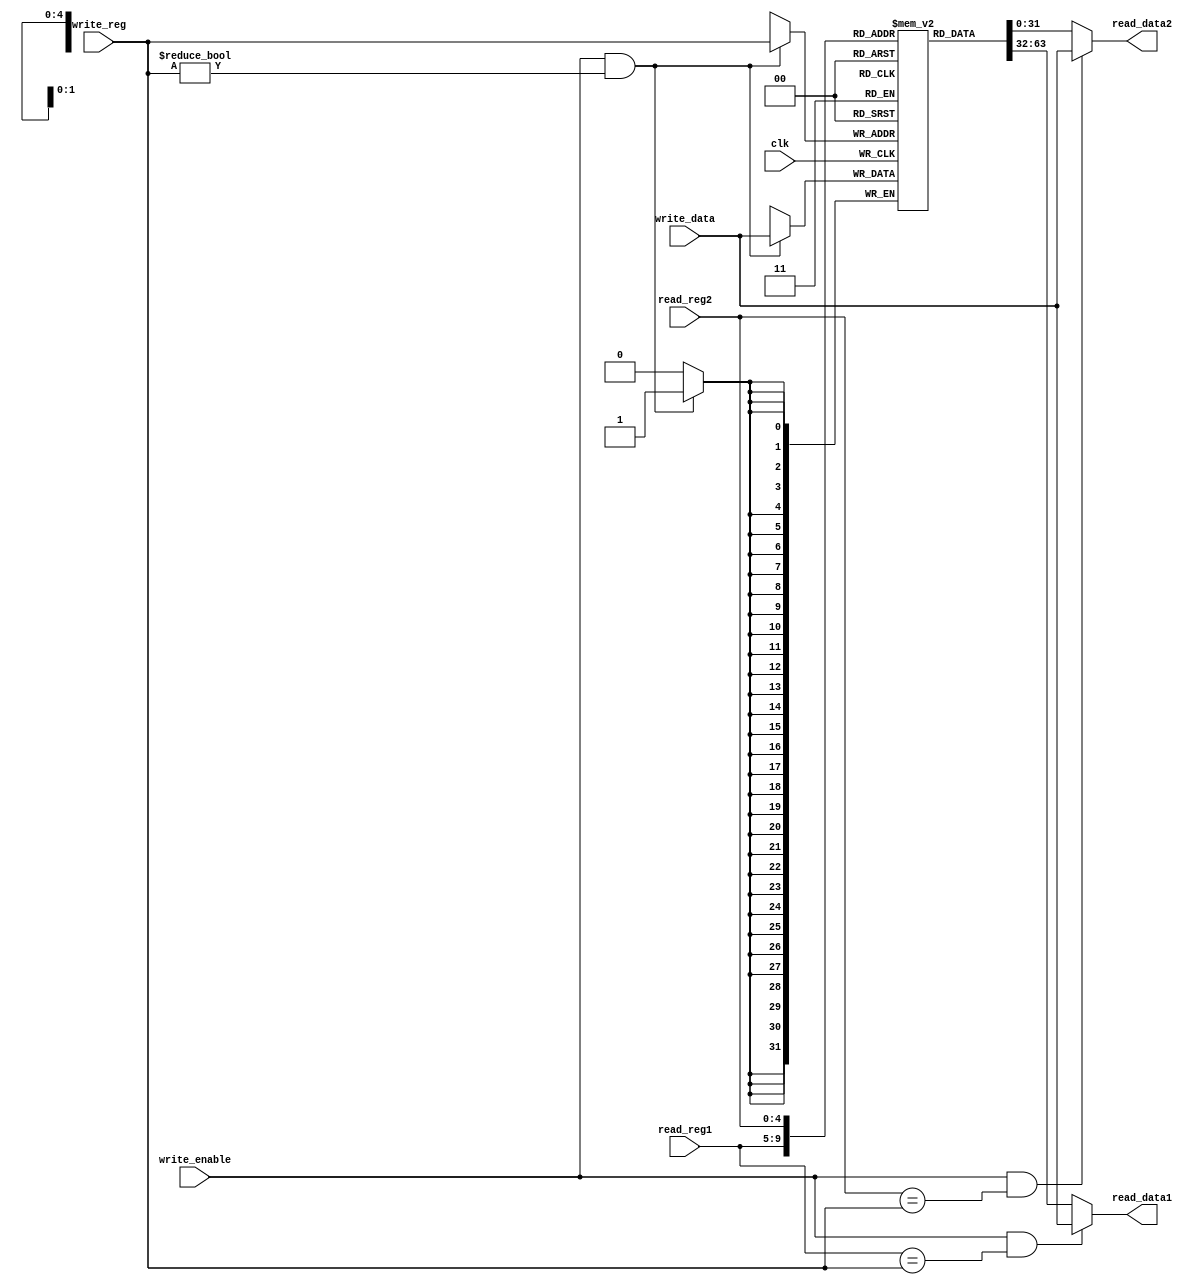
module regfile(input clk,
					input [4:0] read_reg1,
					input [4:0] read_reg2,
					input [4:0] write_reg,
					input [31:0] write_data,
					input write_enable,
					output reg [31:0] read_data1,
					output reg [31:0] read_data2);

reg [31:0] regs[0:31]; // 32x32 bit array
initial begin
	regs[0] = 0;
	regs[2] = 255; // set sp (x2) at top of address space
end
					
// perform writes in first half of clock period
always @(posedge clk) begin
	if (write_enable && write_reg!= 5'd0) begin
		regs[write_reg] <= write_data;
	end
end

always @* begin
	if (write_enable && read_reg1 == write_reg) begin
		read_data1 = write_data;
	end
	else read_data1 = regs[read_reg1];
end

always @* begin
	if (write_enable && read_reg2 == write_reg) begin
		read_data2 = write_data;
	end
	else read_data2 = regs[read_reg2];
end

endmodule